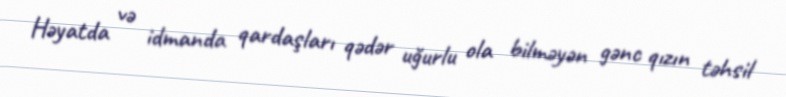
Həyatda və idmanda qardaşları qədər uğurlu ola bilməyən gənc qızın təhsil